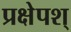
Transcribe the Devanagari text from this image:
प्रक्षेपश्